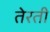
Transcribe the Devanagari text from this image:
तेरती